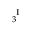
_ { 3 } ^ { \mathrm { ~ I ~ } }